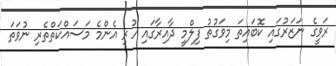
ރަވީގެ ނަޒަރުގައި ކޮބައިތަ މިވަގުތު ފިލްމީ ދާއިރާގައި ހުރި އެންމެ މަސައްކަތްތެރި ނުވަތަ